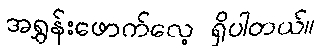
အရွှန်းဖောက်လေ့ ရှိပါတယ်။